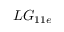
L G _ { 1 1 e }